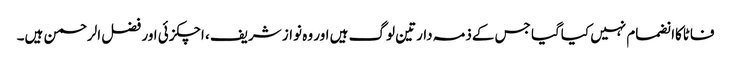
فاٹاکاانضمام نہیں کیاگیا جس کےذمہ دارتین لوگ ہیں اور وہ نواز شریف ، اچکزئی اور فضل الرحمن ہیں۔